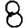
Digit: 8